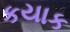
કયાક